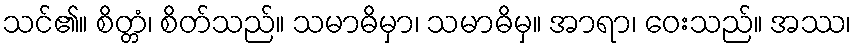
သင်၏။ စိတ္တံ၊ စိတ်သည်။ သမာဓိမှာ၊ သမာဓိမှ။ အာရာ၊ ဝေးသည်။ အဿ၊